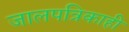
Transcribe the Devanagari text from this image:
जालपत्रिकाही